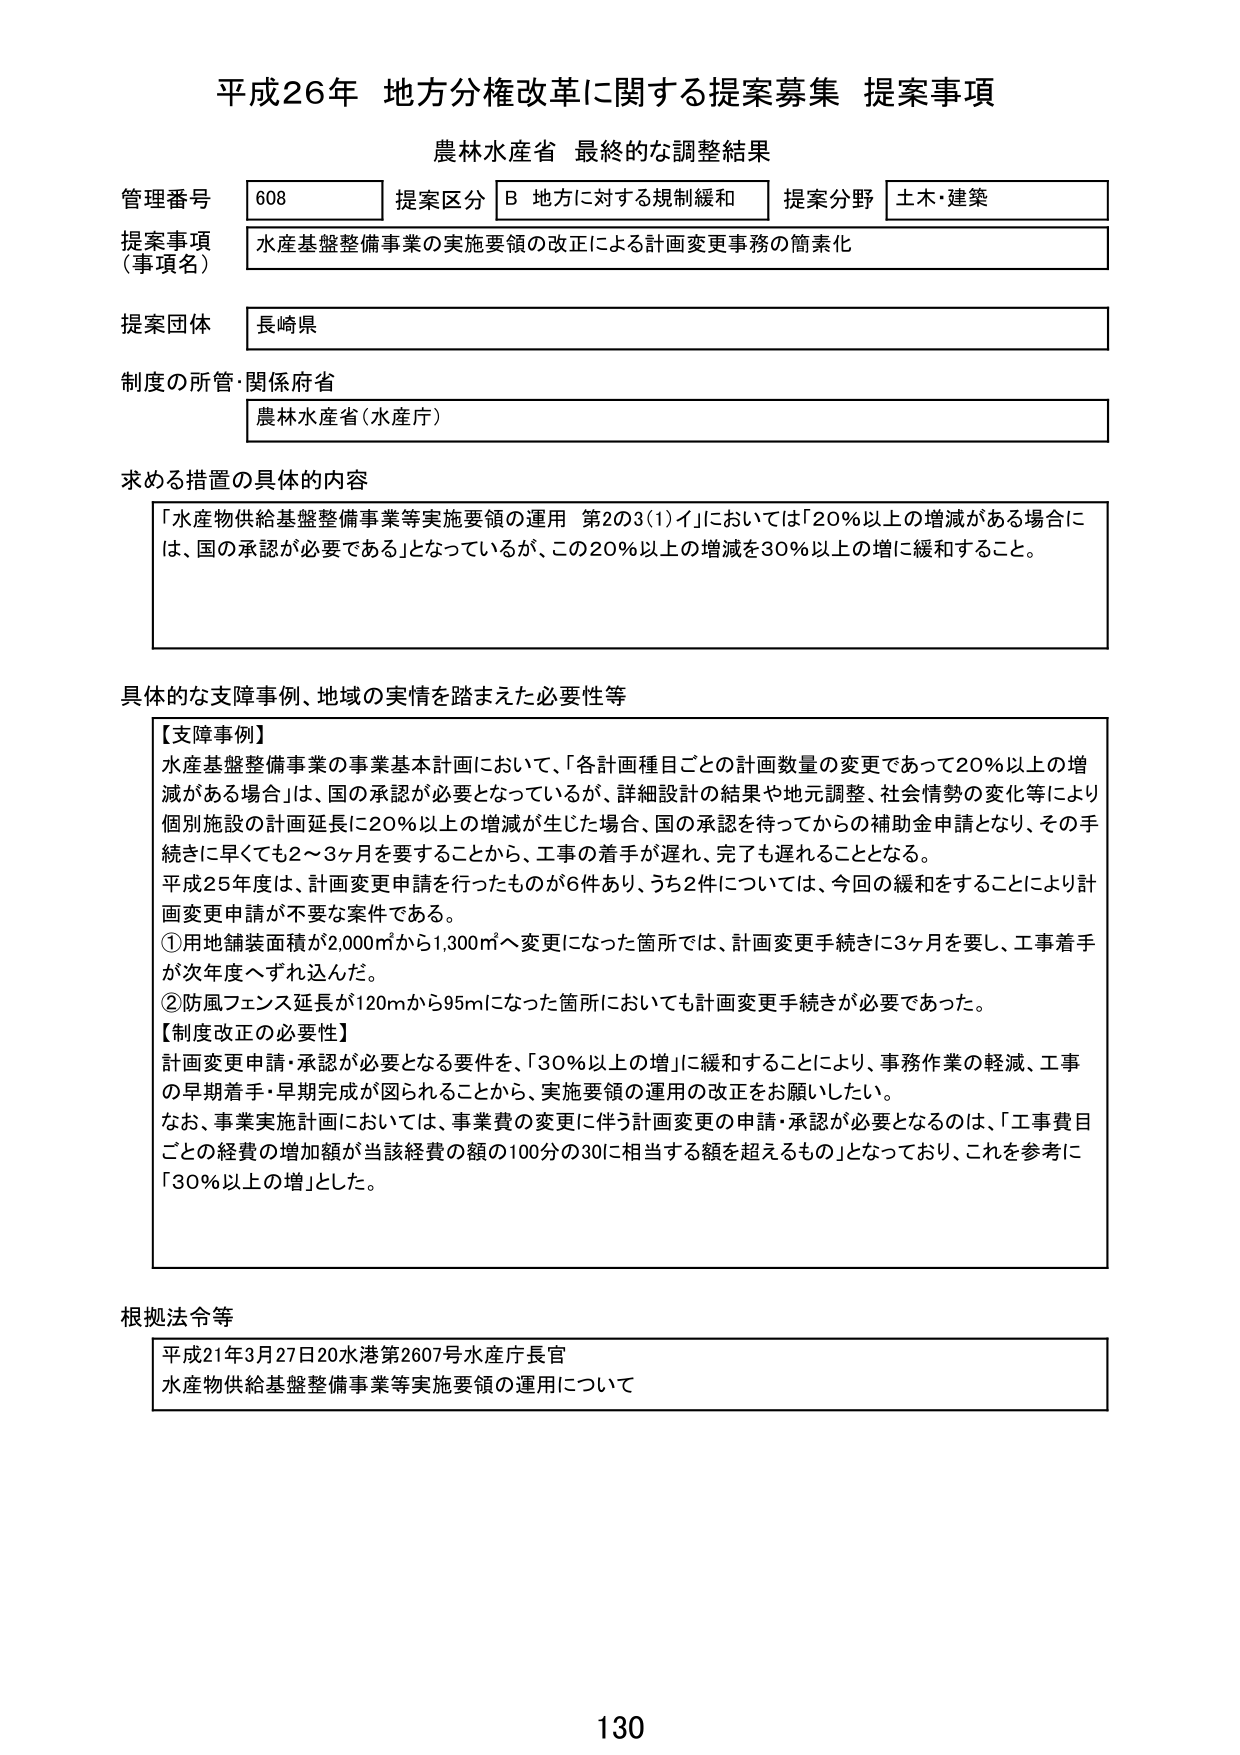
平成26年 地方分権改革に関する提案募集 提案事項
農林水産省 最終的な調整結果

管理番号 608 提案区分 B 地方に対する規制緩和 提案分野 土木・建築
提案事項（事項名） 水産基盤整備事業の実施要領の改正による計画変更事務の簡素化
提案団体 長崎県
制度の所管・関係府省 農林水産省（水産庁）

求める措置の具体的内容
「水産物供給基盤整備事業等実施要領の運用 第2の3(1)イ」においては「20％以上の増減がある場合には、国の承認が必要である」となっているが、この20％以上の増減を30％以上の増に緩和すること。

具体的な支障事例、地域の実情を踏まえた必要性等
【支障事例】
水産基盤整備事業の事業基本計画において、「各計画種目ごとの計画数量の変更であって20％以上の増減がある場合」は、国の承認が必要となっているが、詳細設計の結果や地元調整、社会情勢の変化等により個別施設の計画延長に20％以上の増減が生じた場合、国の承認を待ってからの補助金申請となり、その手続きに早くても2～3ヶ月を要することから、工事の着手が遅れ、完了も遅れることとなる。
平成25年度は、計画変更申請を行ったものが6件あり、うち2件については、今回の緩和をすることにより計画変更申請が不要な案件である。
①用地舗装面積が2,000㎡から1,300㎡へ変更になった箇所では、計画変更手続きに3ヶ月を要し、工事着手が次年度へずれ込んだ。
②防風フェンス延長が120mから95mになった箇所においても計画変更手続きが必要であった。
【制度改正の必要性】
計画変更申請・承認が必要となる要件を、「30％以上の増」に緩和することにより、事務作業の軽減、工事の早期着手・早期完成が図られることから、実施要領の運用の改正をお願いしたい。
なお、事業実施計画においては、事業費の変更に伴う計画変更の申請・承認が必要となるのは、「工事費目ごとの経費の増加額が当該経費の額の100分の30に相当する額を超えるもの」となっており、これを参考に「30％以上の増」とした。

根拠法令等
平成21年3月27日20水港第2607号水産庁長官
水産物供給基盤整備事業等実施要領の運用について

130